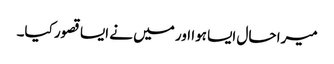
میرا حال ایسا ہوا اور میں نے ایسا قصور کیا۔